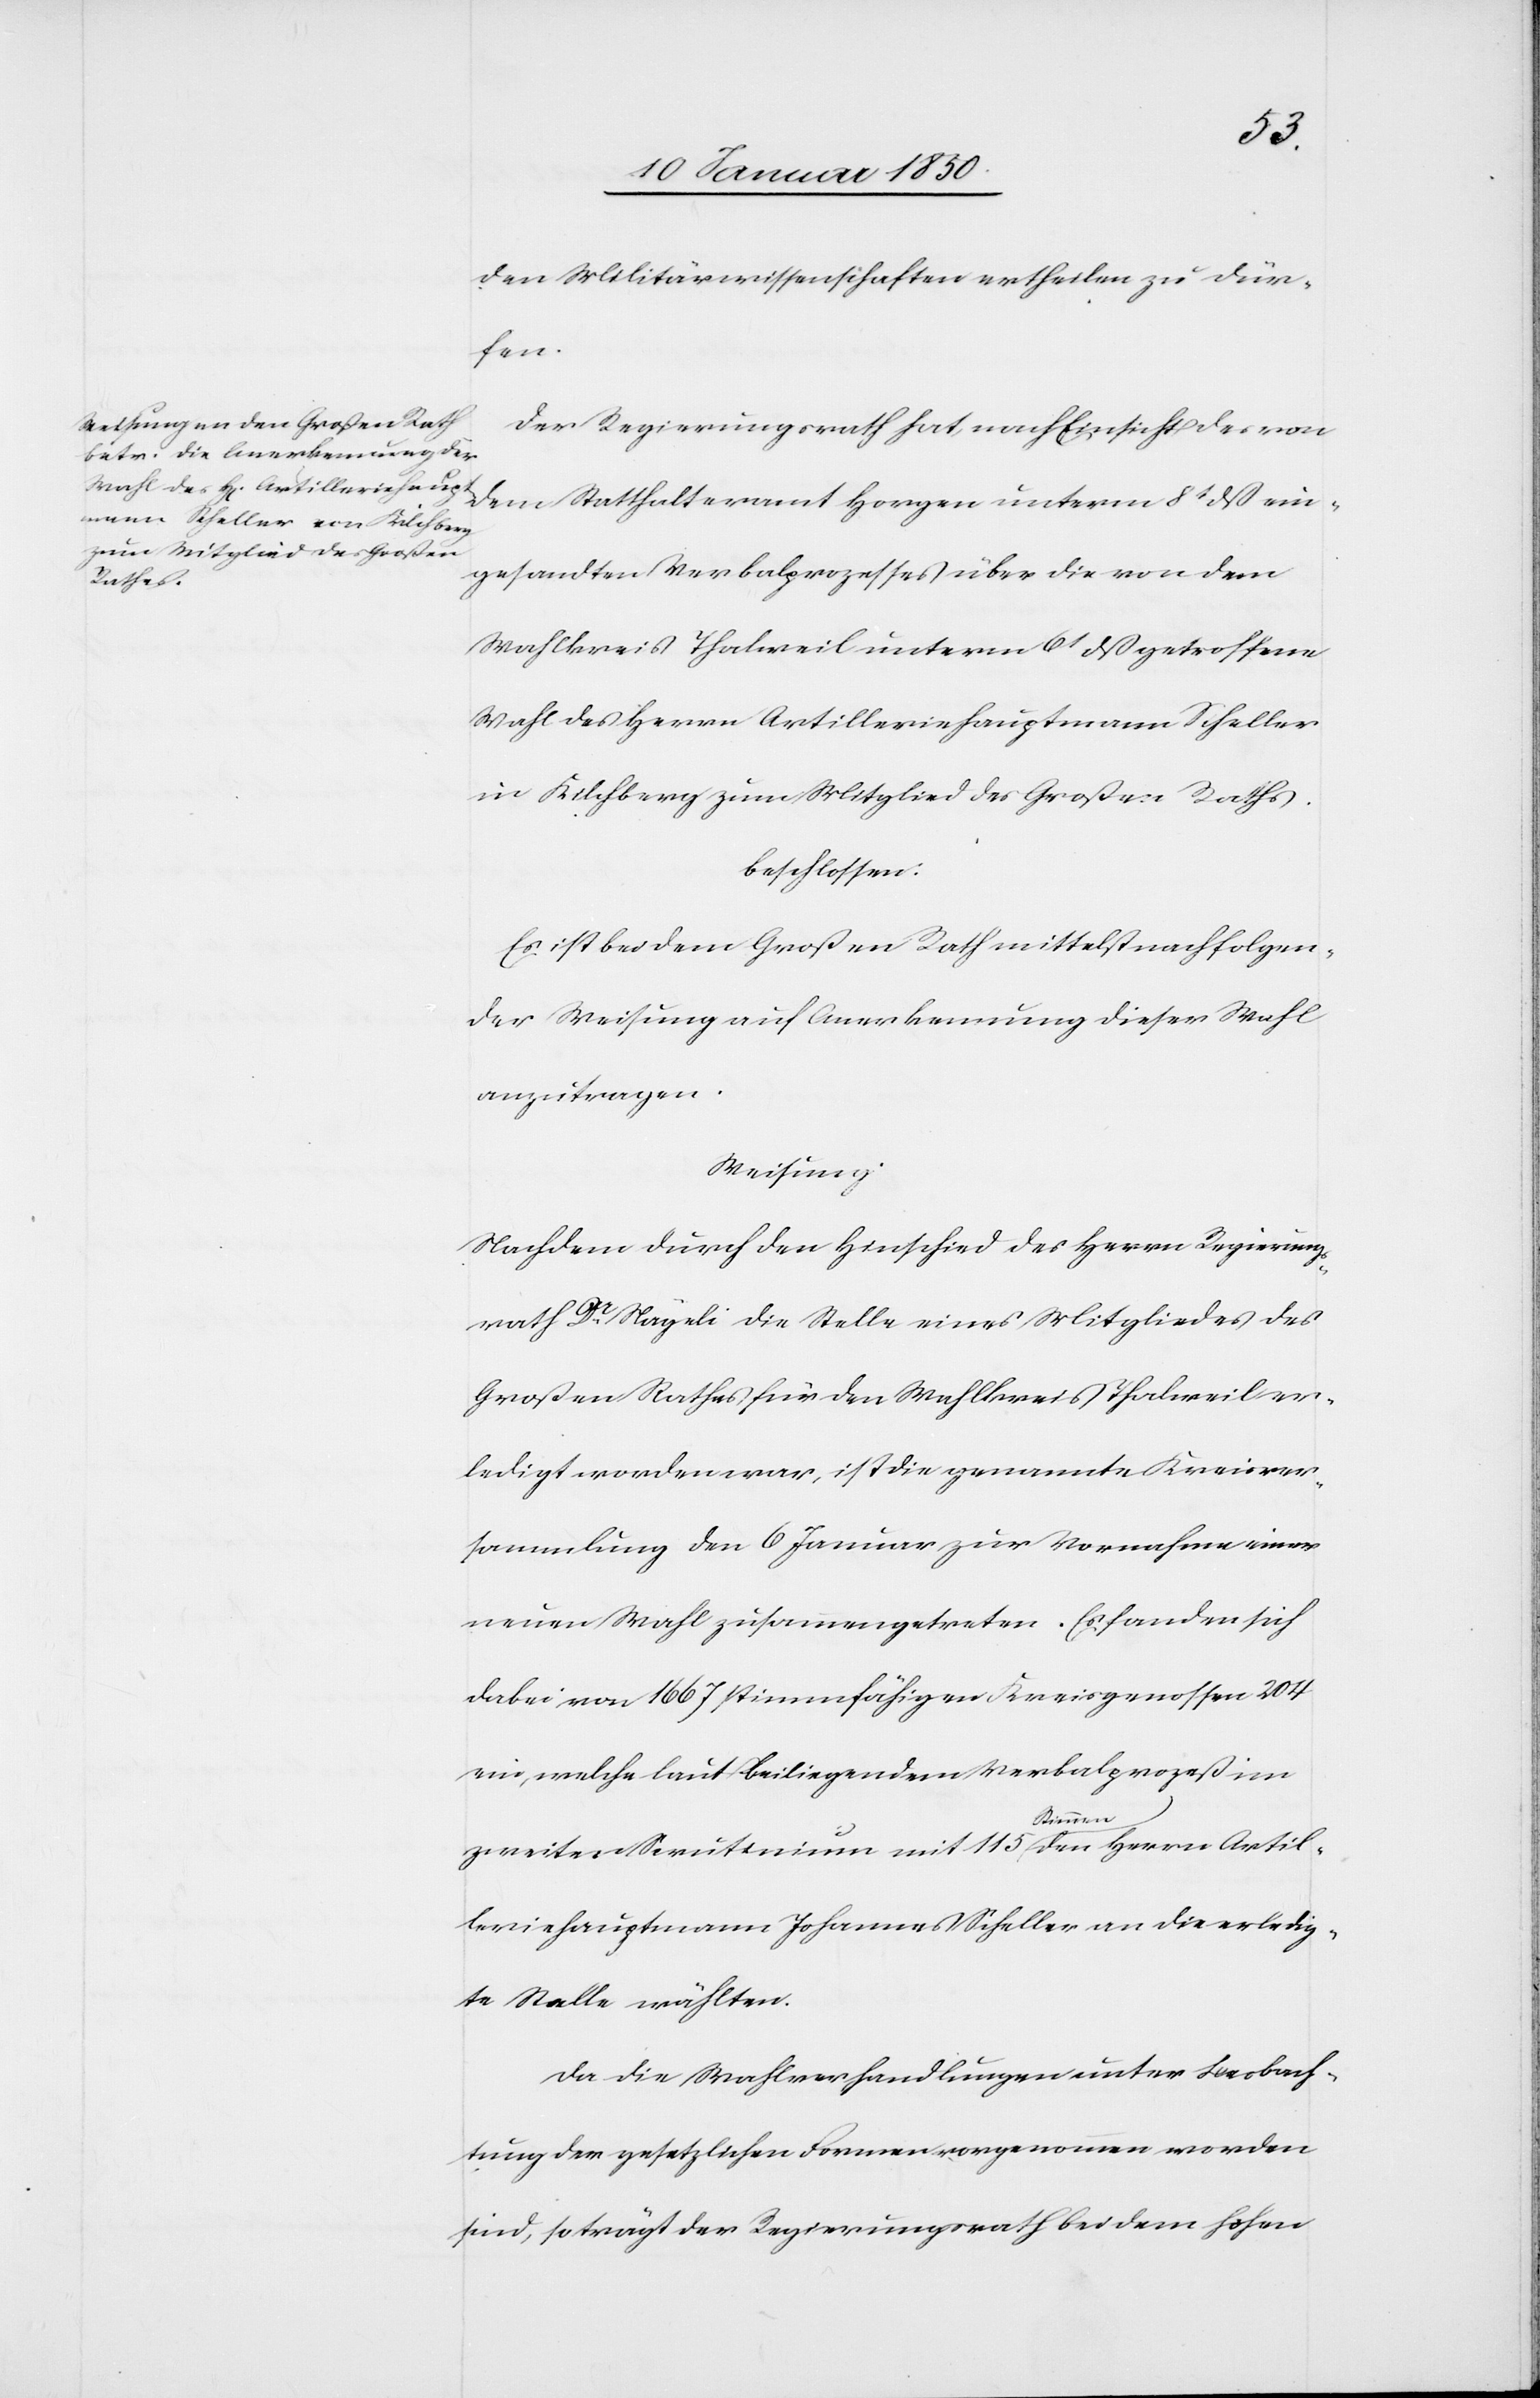
Artil¬
den Militärwissenschaften ertheilen zu dür¬
fen.
Der Regierungsrath hat nach Einsicht des von
dem Statthalteramt Horgen unterm 8t dß ein¬
gesandten Verbalprozesses über die von dem
Wahlkreis Thalweil unterm 6t dß getroffene
Wahl des Herrn Artilleriehauptmann Scheller
in Kilchberg zum Mitglied des Großen Rathes.
beschlossen:
Es ist bei dem Großen Rath mittelst nachfolgen¬
der Weisung auf Anerkennung dieser Wahl
anzutragen.
Weisung:
Nachdem durch den Hinschied des Herrn Regierungs¬
rath Dr Nägeli die Stelle eines Mitgliedes des
Großen Rathes für den Wahlkreis Thalweil er¬
ledigt worden war, ist die genannte Kreisver¬
sammlung den 6 Januar zur Vornahme einer
neuen Wahl zusammengetreten. Es fanden sich
dabei von 1667 stimmfähigen Kreisgenossen 204
ein, welche laut beiliegendem Verbalprozeß im
Stimmen
leriehauptmann Johannes Scheller an die erledig¬
te Stelle wählten.
Da die Wahlverhandlungen unter Beobach¬
tung der gesetzlichen Formen vorgenommen worden
sind, so trägt der Regierungsrath bei dem hohen